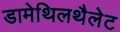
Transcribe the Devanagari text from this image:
डामेथिलथैलेट